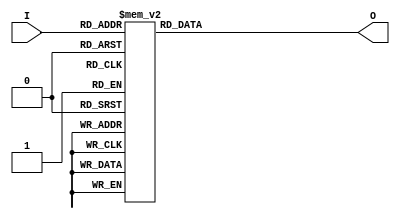

module DECODER (
	input [2:0] I,
	output reg [7:0] O
	);
	
	
	
	always@(*)
		case (I)
			3'b000 : O <=8'b00000001; 
		    //If the input I is 000, the output O is assigned the value 00000001
			3'b001 : O <=8'b00000010;  
			//If the input I is 001, the output O is assigned the value 00000010 
			3'b010 : O <=8'b00000100;  
			//If the input I is 010, the output O is assigned the value 00000100
			3'b011 : O <=8'b00001000; 
			//If the input I is 011, the output O is assigned the value 00001000
			3'b100 : O <=8'b00010000;  
			//If the input I is 100, the output O is assigned the value 00010000
			3'b101 : O <=8'b00100000; 
		    //If the input I is 101, the output O is assigned the value 00100000
			3'b110 : O <=8'b01000000; 
		    //If the input I is 110, the output O is assigned the value 01000000
			3'b111 : O <=8'b10000000; 
		    //If the input I is 111, the output O is assigned the value 10000000
		endcase

endmodule